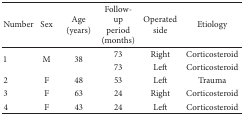
<table><thead><tr><td><b>Number</b></td><td><b>Sex</b></td><td><b>Age(years)</b></td><td><b>Follow-upperiod(months)</b></td><td><b>Operatedside</b></td><td><b>Etiology</b></td></tr></thead><tbody><tr><td rowspan="2">1</td><td rowspan="2">M</td><td rowspan="2">38</td><td>73</td><td>Right</td><td>Corticosteroid</td></tr><tr><td>73</td><td>Left</td><td>Corticosteroid</td></tr><tr><td>2</td><td>F</td><td>48</td><td>53</td><td>Left</td><td>Trauma</td></tr><tr><td>3</td><td>F</td><td>63</td><td>24</td><td>Right</td><td>Corticosteroid</td></tr><tr><td>4</td><td>F</td><td>43</td><td>24</td><td>Left</td><td>Corticosteroid</td></tr></tbody></table>